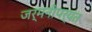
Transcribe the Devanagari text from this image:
जर्मनीपर्यंत